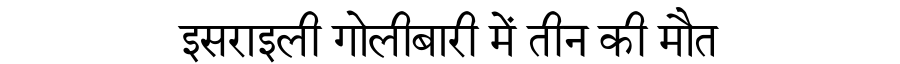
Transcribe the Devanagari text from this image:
इसराइली गोलीबारी में तीन की मौत